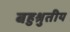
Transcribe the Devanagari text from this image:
बहुश्रुतीय